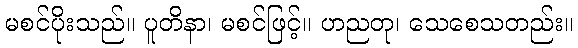
မစင်ပိုးသည်။ ပူတိနာ၊ မစင်ဖြင့်။ ဟညတု၊ သေစေသတည်း။